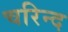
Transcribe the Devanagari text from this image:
चरिन्द